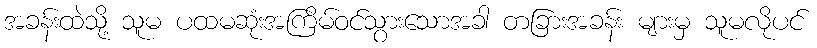
အခန်းထဲသို့ သူမ ပထမဆုံးအကြိမ်ဝင်သွားသောအခါ တခြားအခန်း များမှ သူမလိုပင်